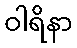
ဝါရိနာ